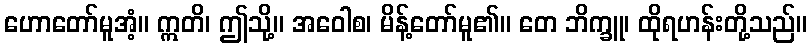
ဟောတော်မူအံ့။ ဣတိ၊ ဤသို့။ အဝေါစ၊ မိန့်တော်မူ၏။ တေ ဘိက္ခူ၊ ထိုရဟန်းတို့သည်။